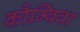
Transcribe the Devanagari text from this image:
कौम्विवा